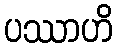
ပဿာဟိ